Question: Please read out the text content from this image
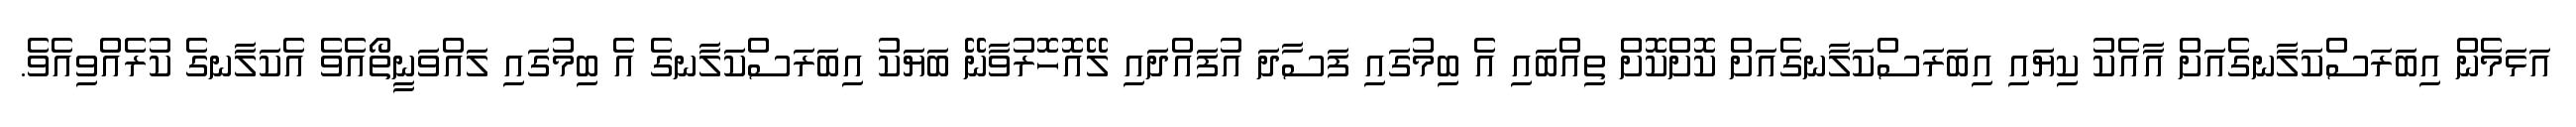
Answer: އަޅަމެން އިބަރަސްކަލާނގެއަށް އާއެކު ކިޔައި އިބަރަސްކަލާނގެއަށް ކޮށްކޮށް ތިއްބައި އެ ބިމުގައި ފަސާދަ އުފައްދައި ލޭއޮހޮރުވާނޭ ބަޔަކު އިބަރަސްކަލާނގެ އެ ބިމުގައި ލައްވަނީތޯއެވެ އެކަލާނގެ ކުރެއްވިއެވެ.